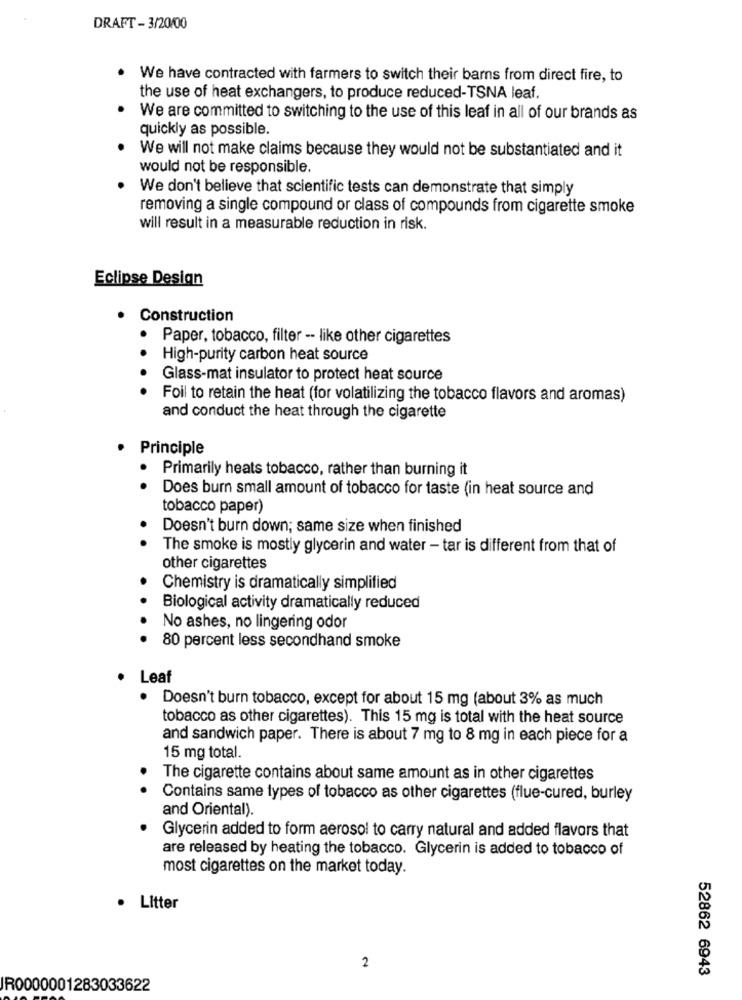
DRAFT - 3/20/00
We have contracted with farmers to switch their barns from direct fire, to
the use of heat exchangers, to produce reduced-TSNA leaf.
We are committed to switching to the use of this leaf in all of our brands as
quickly as possible.
We will not make claims because they would not be substantiated and it
would not be responsible.
We don't believe that scientific tests can demonstrate that simply
removing a single compound or class of compounds from cigarette smoke
will result in a measurable reduction in risk.
Eclipse Design
Construction
.
Paper, tobacco, filter -- like other cigarettes
High-purity carbon heat source
Glass-mat insulator to protect heat source
Foil to retain the heat (for volatilizing the tobacco flavors and aromas)
and conduct the heat through the cigarette
Principle
Primarily heats tobacco, rather than burning it
Does burn small amount of tobacco for taste (in heat source and
tobacco paper)
Doesn't burn down; same size when finished
The smoke is mostly glycerin and water - tar is different from that of
other cigarettes
Chemistry is dramatically simplified
Biological activity dramatically reduced
No ashes, no lingering odor
80 percent less secondhand smoke
Leaf
Doesn't burn tobacco, except for about 15 mg (about 3% as much
tobacco as other cigarettes). This 15 mg is total with the heat source
and sandwich paper. There is about 7 mg to 8 mg in each piece for a
15 mg total.
The cigarette contains about same amount as in other cigarettes
Contains same types of tobacco as other cigarettes (flue-cured, burley
and Oriental).
Glycerin added to form aerosol to carry natural and added flavors that
are released by heating the tobacco. Glycerin is added to tobacco of
most cigarettes on the market today.
· Litter
2
52862 6943
IR0000001283033622